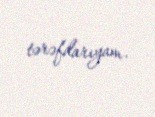
tərəfdarıyam.